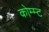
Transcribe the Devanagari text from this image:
कोम्म्ट